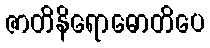
ဇာတိနိရောဓောတိပေ